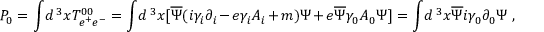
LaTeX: P _ { 0 } = \int \! d \, ^ { 3 } x T _ { e ^ { + } e ^ { - } } ^ { 0 0 } = \int \! d \, ^ { 3 } x [ \overline { { { \Psi } } } ( i \gamma _ { i } \partial _ { i } - e \gamma _ { i } A _ { i } + m ) \Psi + e \overline { { { \Psi } } } \gamma _ { 0 } A _ { 0 } \Psi ] = \int \! d \, ^ { 3 } x \overline { { { \Psi } } } i \gamma _ { 0 } \partial _ { 0 } \Psi \ ,